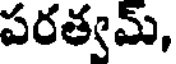
పరత్వమ్,